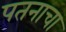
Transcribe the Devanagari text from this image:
पतनाचा